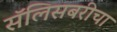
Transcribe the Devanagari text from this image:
सॅलिसबरीचा